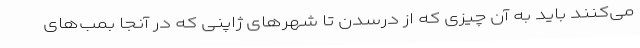
می‌کنند باید به آن چیزی که از درسدن تا شهرهای ژاپنی که در آنجا بمب‌های